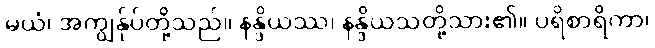
မယံ၊ အကျွန်ုပ်တို့သည်။ နန္ဒိယဿ၊ နန္ဒိယသတို့သား၏။ ပရိစာရိကာ၊